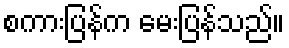
စကားပြန်က မေးပြန်သည်။